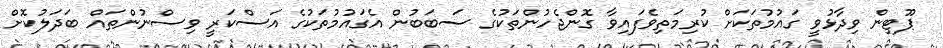
ޕޫޓިން ވިދާޅުވީ ގައުމުތަކަށް ކުރިމަތިވެފައިވާ ގޮންޖެހުންތަކުގެ ސަބަބުން އެގައުމުތަކުގެ އަސްކަރީ ވިސްނުންތައް ބަދަލުކޮށް